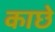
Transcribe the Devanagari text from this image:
काछे